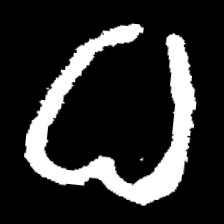
Pyu character \u2014 Myanmar letter: ဓ (romanized: dha)